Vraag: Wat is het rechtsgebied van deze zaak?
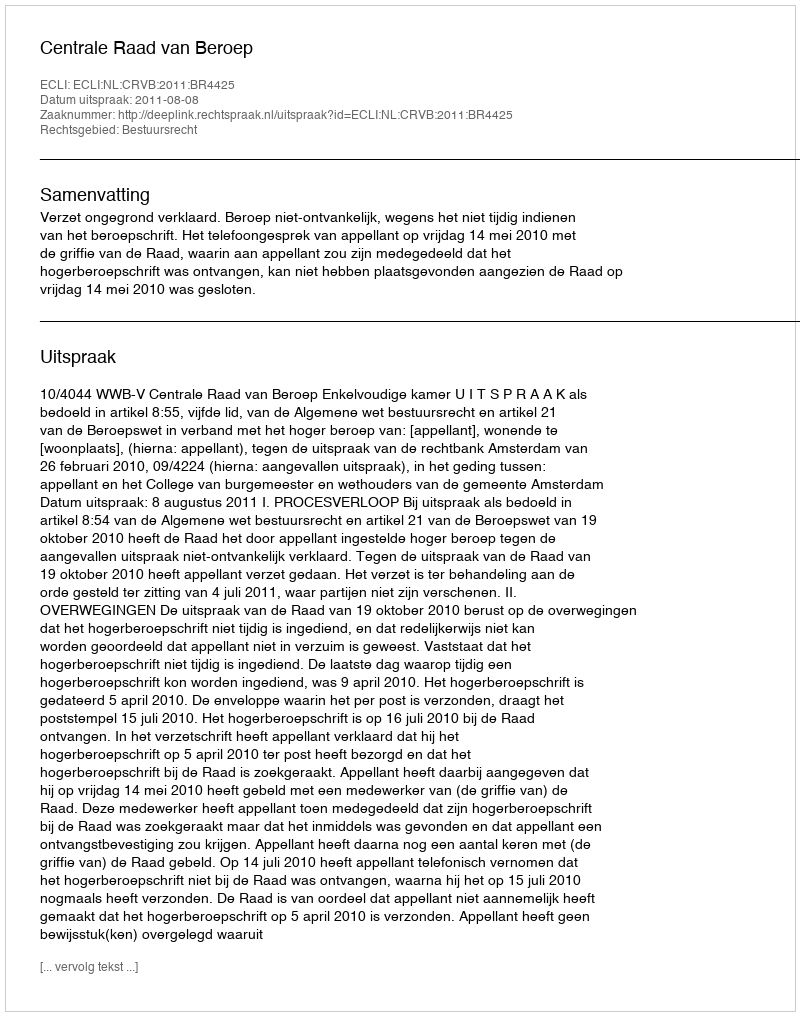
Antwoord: Bestuursrecht